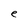
Character: e